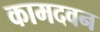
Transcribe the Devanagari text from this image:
कामदवन